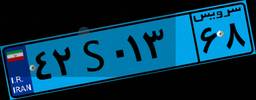
۴۲S۰۱۳۶۸